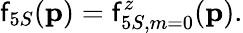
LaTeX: \mathsf{f}_{5S}({\mathbf{{p}}})=\mathsf{f}_{5S,m=0}^{z}({\mathbf{{p}}}).